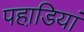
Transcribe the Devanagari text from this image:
पहाडि़यां